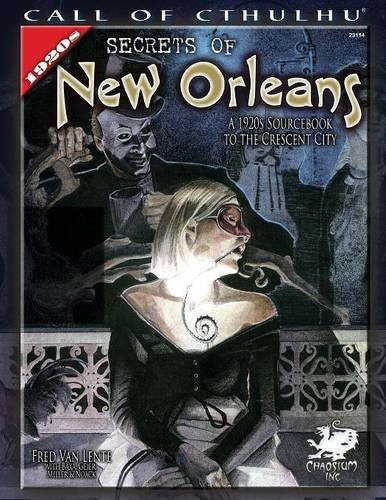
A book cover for Secrets of New Orleans: A 1920s Sourcebook to the Crescent City (Call of Cthulhu roleplaying); Fred Van Lente; Science Fiction & Fantasy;